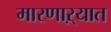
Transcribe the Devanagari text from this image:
मारणाऱ्यात